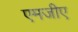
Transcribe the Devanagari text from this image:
एमजीए